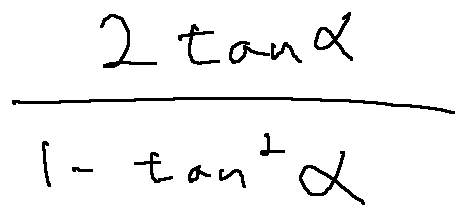
\frac { 2 \tan \alpha } { 1 - \tan ^ { 2 } \alpha }